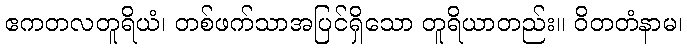
ဧကတလတူရိယံ၊ တစ်ဖက်သာအပြင်ရှိသော တူရိယာတည်း။ ဝိတတံနာမ၊